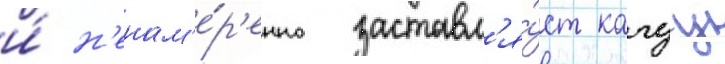
и́ н'енам'е́р'енно заставл'я́ет кагуу